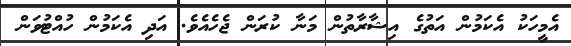
އެމީހަކު އެކަމުން އަތުގެ އިޝާރާތުން މަނާ ކުރަން ޖެހެއެވެ. އަދި އެކަމުން ހުއްޓުވަން